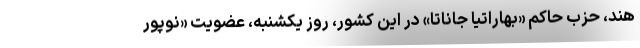
هند، حزب حاکم «بهاراتیا جاناتا» در این کشور، روز یکشنبه، عضویت «نوپور